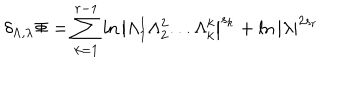
\delta _ { \Lambda , \lambda } \Phi = \sum _ { k = 1 } ^ { r - 1 } \ln \left| \Lambda _ { 1 } ^ { 1 } \Lambda _ { 2 } ^ { 2 } . . . \Lambda _ { k } ^ { k } \right| ^ { s _ { k } } + \ln \left| \lambda \right| ^ { 2 s _ { r } }